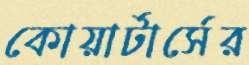
কোয়ার্টার্সের